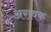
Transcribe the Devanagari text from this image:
अरावक